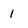
Character: 1